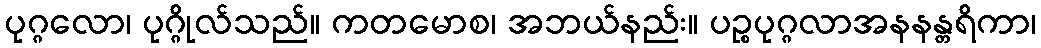
ပုဂ္ဂလော၊ ပုဂ္ဂိုလ်သည်။ ကတမောစ၊ အဘယ်နည်း။ ပဉ္စပုဂ္ဂလာအနနန္တရိကာ၊